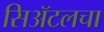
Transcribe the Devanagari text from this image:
सिॲटलचा